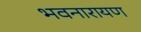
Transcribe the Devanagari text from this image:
भवनारायण